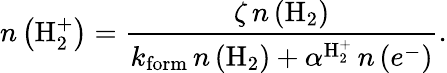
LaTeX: n\left(\mathrm{H_{2}^{+}}\right)=\frac{\zeta\, n\left(\mathrm{H}_{2}\right)}{k_{\mathrm{form}}\, n\left(\mathrm{H}_{2}\right)+\alpha^{\mathrm{H_{2}^{+}}}\, n\left(e^{-}\right)}.